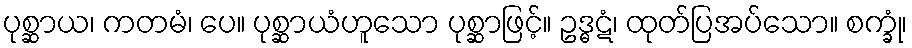
ပုစ္ဆာယ၊ ကတမံ၊ ပေ။ ပုစ္ဆာယံဟူသော ပုစ္ဆာဖြင့်။ ဥဒ္ဓဋံ၊ ထုတ်ပြအပ်သော။ စက္ခုံ၊